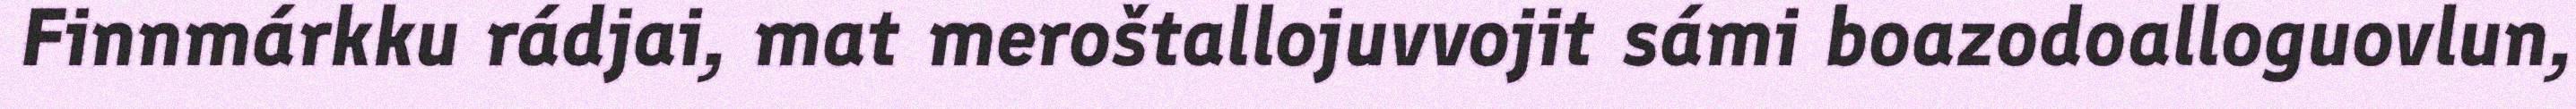
Finnmárkku rádjai, mat meroštallojuvvojit sámi boazodoalloguovlun,